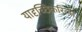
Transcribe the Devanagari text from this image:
यादृच्छिकरित्या